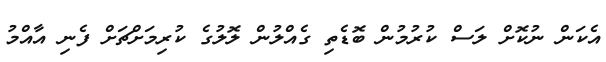
އެކަން ނުކޮށް ލަސް ކުރުމުން ބޮޑެތި ގެއްލުން ލޮލުގެ ކުރިމަށްޗަށް ފެނި އާއްމު